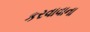
કરવાવાના